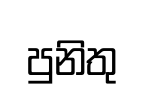
පුනිතු